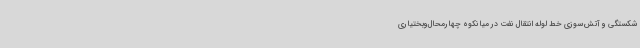
شکستگی و آتش‌سوزی خط لوله انتقال نفت در میانکوه چهارمحال‌وبختیاری